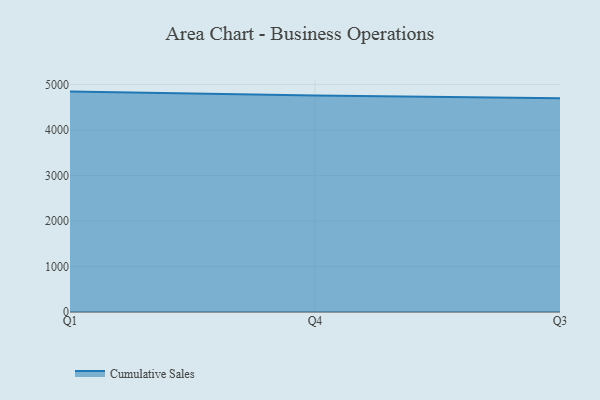
{"axis": {"x": "Quarter", "y": "Demand Index"}, "legend": ["Cumulative Sales"], "data": [{"x": "Q1", "y": 4843.2, "type": "Cumulative Sales"}, {"x": "Q4", "y": 4755.6, "type": "Cumulative Sales"}, {"x": "Q3", "y": 4696.3, "type": "Cumulative Sales"}]}